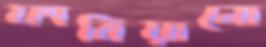
ফাবিয়ানো